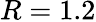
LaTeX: R=1.2